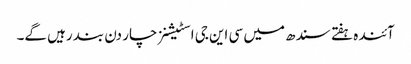
آئندہ ہفتے سندھ میں سی این جی اسٹیشنز چار دن بند رہیں گے۔